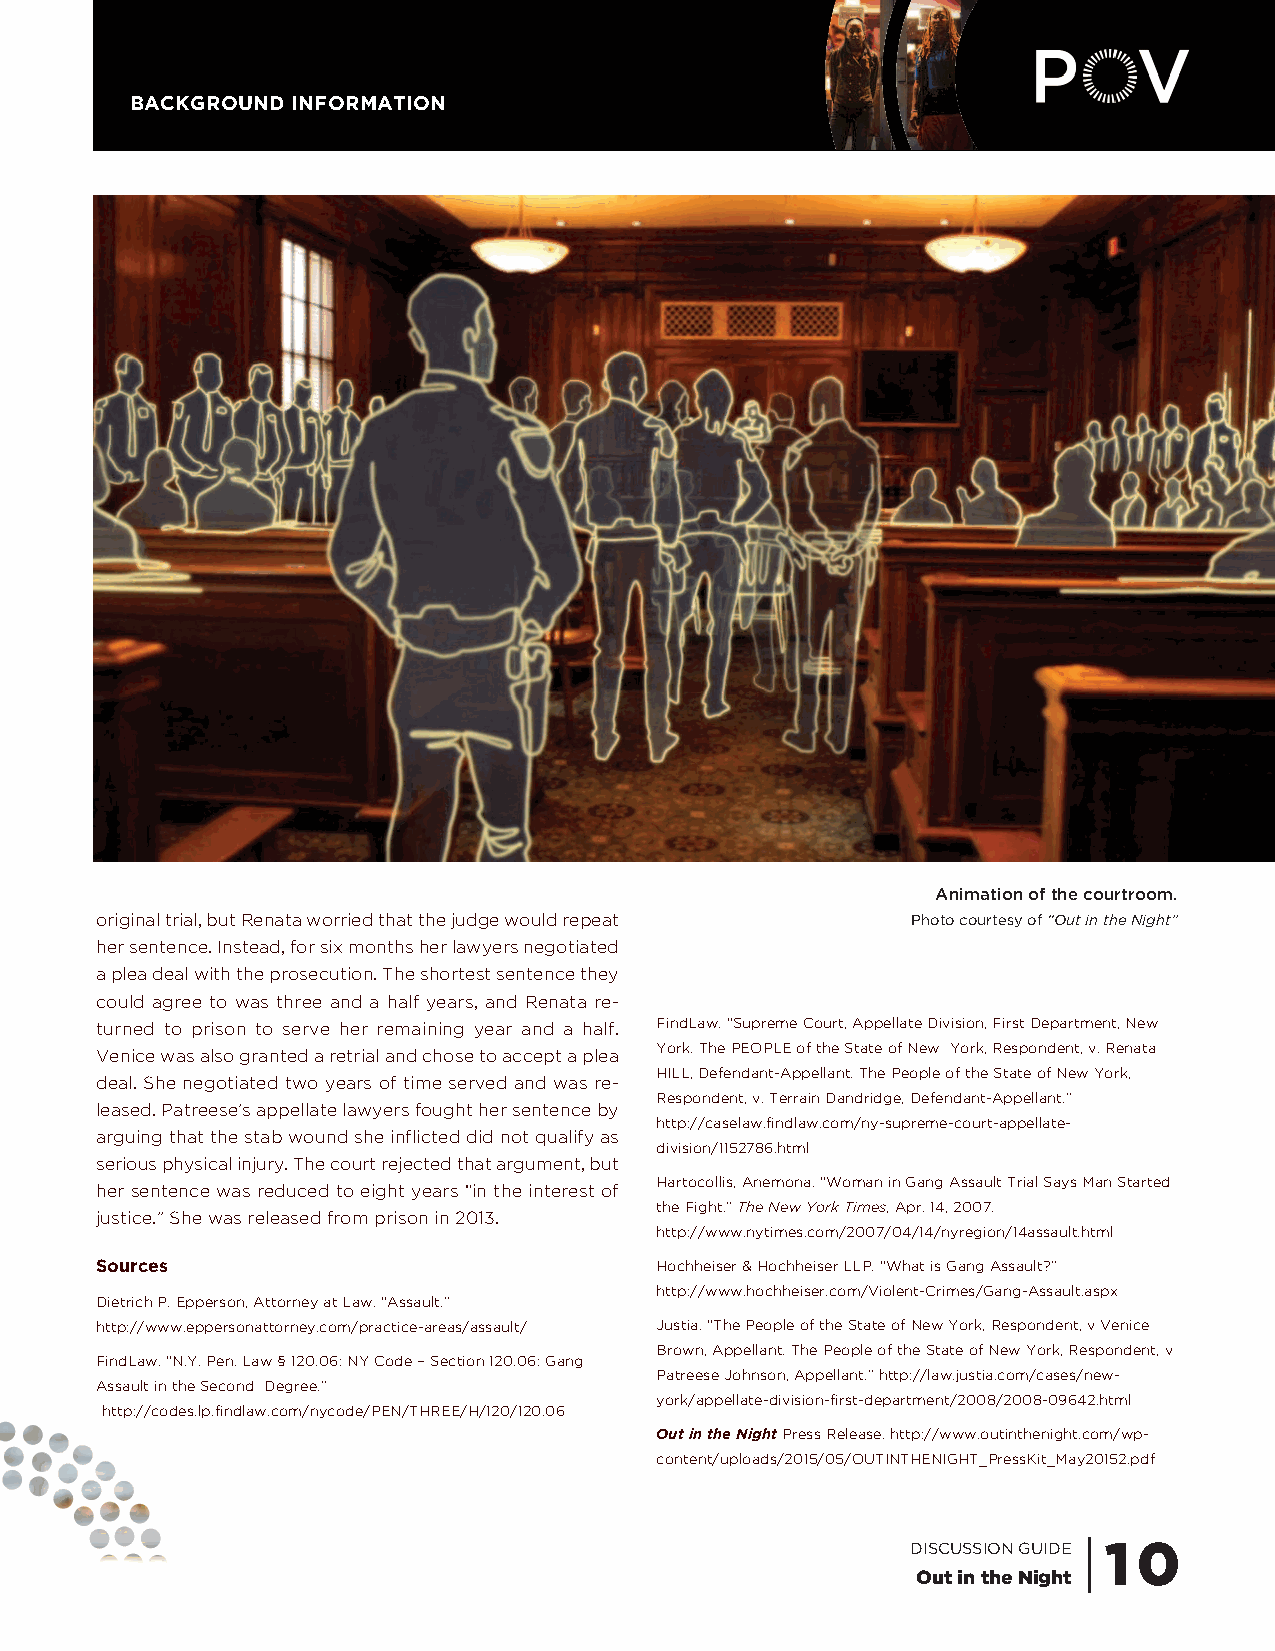
BACKGROUND INFORMATION
 Animation of the courtroom.
 original trial, but Renata worried that the judge would repeat Photo courtesy of “Out in the Night”
 her sentence. Instead, for six months her lawyers negotiated
 a plea deal with the prosecution. The shortest sentence they
 could agree to was three and a half years, and Renata re-
 turned to prison to serve her remaining year and a half. FindLaw. “Supreme Court, Appellate Division, First Department, New
 Venice was also granted a retrial and chose to accept a plea York. The PEOPLE of the State of New York, Respondent, v. Renata
 HILL, Defendant-Appellant. The People of the State of New York,
 deal. She negotiated two years of time served and was re-
 Respondent, v. Terrain Dandridge, Defendant-Appellant.”
 leased. Patreese’s appellate lawyers fought her sentence by
 http://caselaw.findlaw.com/ny-supreme-court-appellate-
 arguing that the stab wound she inflicted did not qualify as
 division/1152786.html
 serious physical injury. The court rejected that argument, but
 Hartocollis, Anemona. “Woman in Gang Assault Trial Says Man Started
 her sentence was reduced to eight years “in the interest of
 the Fight.” The New York Times, Apr. 14, 2007.
 justice.” She was released from prison in 2013.
 http://www.nytimes.com/2007/04/14/nyregion/14assault.html
 Sources                              Hochheiser & Hochheiser LLP. “What is Gang Assault?”
 http://www.hochheiser.com/Violent-Crimes/Gang-Assault.aspx
 Dietrich P. Epperson, Attorney at Law. “Assault.”
 http://www.eppersonattorney.com/practice-areas/assault/ Justia. “The People of the State of New York, Respondent, v Venice
 Brown, Appellant. The People of the State of New York, Respondent, v
 FindLaw. “N.Y. Pen. Law § 120.06: NY Code – Section 120.06: Gang
 Patreese Johnson, Appellant.” http://law.justia.com/cases/new-
 Assault in the Second Degree.”
 york/appellate-division-first-department/2008/2008-09642.html
 http://codes.lp.findlaw.com/nycode/PEN/THREE/H/120/120.06
 Out in the NightPress Release. http://www.outinthenight.com/wp-
 content/uploads/2015/05/OUTINTHENIGHT_PressKit_May20152.pdf
 DISCUSSION GUIDE | 1 0
 Out in the Night